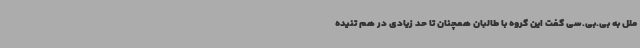
ملل به بی.بی.سی گفت این گروه با طالبان همچنان تا حد زیادی در هم تنیده